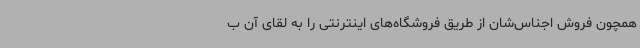
همچون فروش اجناس‌شان از طریق فروشگاه‌های اینترنتی را به لقای آن ب